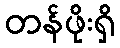
တန်ဖိုးရှိ